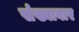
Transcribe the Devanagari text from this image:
संख्यावार